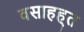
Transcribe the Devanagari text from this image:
वसाहह्त